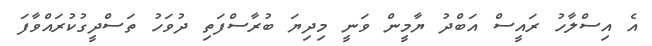
އެ އިސްލާހު ރައީސް އަބްދު ޔާމީން ވަނީ މިދިޔަ ބުރާސްފަތި ދުވަހު ތަސްދީގުކުރައްވާފަ